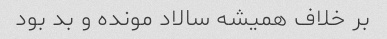
بر خلاف همیشه سالاد مونده و بد بود